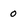
Character: o